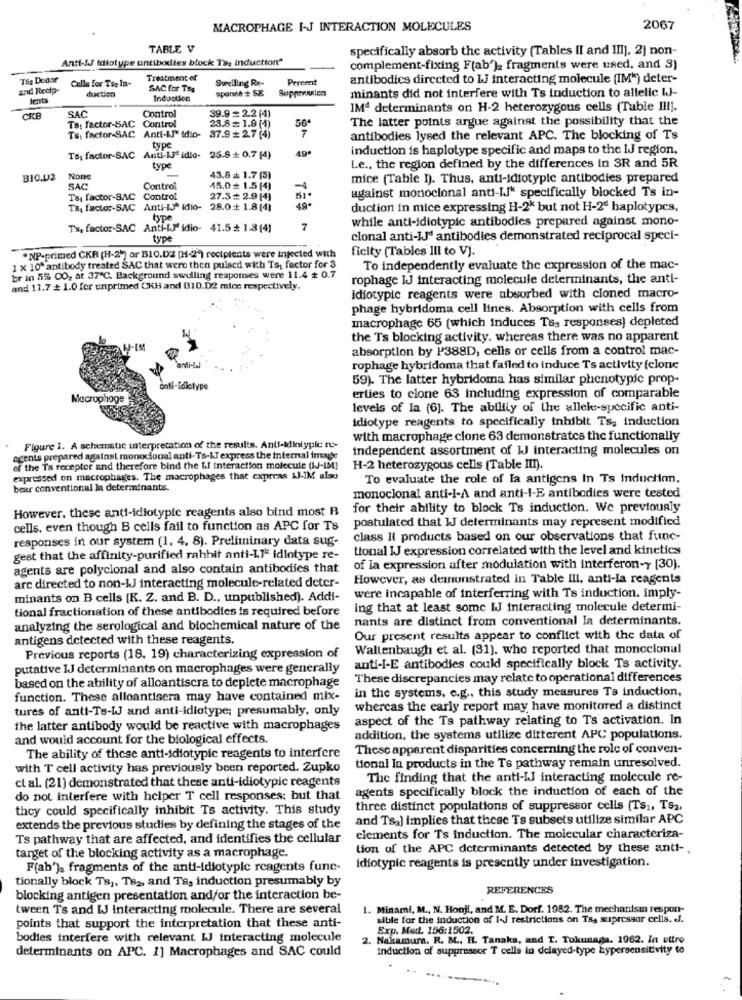
MACROPHAGE I-J INTERACTION MOLECULES
2067
TABLE V
specifically absorb the activity (Tables II and III), 2} non-
Anti-LJ tellotype untibodies block 1'9; induction"
complement-fixing F(ab')2 fragments were used, and S)
Taa Donor
Cells for Tsp In-
Treatment of
Swelling Re-
Pereerit
antibodies directed to IJ interacting molecule [IM") deter-
and Redlp-
duction
SAC for Tsa
spandh + SE
Suppensalen
minants did not interfere with Ts induction to allelic IJ-
Induction
SAC
Control
39.9 2.2 (4)
IMª determinants on H-2 heterozygous cells (Table I !! ].
Ts: factor-SAC Control
56ª
The latter points argue against the possibility that the
28.8= 1.0 (1)
Ts: factor-SAC Anti-IJ" idio-
37.9 2.7 (4)
antibodies lysed the relevant APC. The blocking of Ts
type
induction is haplotype specific and maps to the IJ region,
Ts: factor-SAC Anti-1ª idlo-
25.8 + 0.7 (4)
type
Le ., the region defined by the differences in 3R and 5R
BIO.U2
43.8 + 1.7 (5)
mice (Table h). Thus, anti-idiotypic antibodies prepared
SAC
Control
45.0 + 1.5(4)
-4
against monoclonal anti-II" specifically blocked Ts in-
T&x factor-SAC
Control
27.3 + 2.9 (4)
Ts, factor-SAC Anti-IJ* idio- 28.0 + 1.8[4]
49.
duction in mice expressing H-2* but not H-2ª haplotypes,
type
while anti-idiotypic antibodies prepared against mono-
Tw, factor-SAC Anti-lJidio- 41.5 + 1.3(4)
7
type
clonal anti-IJd antibodies demonstrated reciprocal speci-
ficity (Tables Ill to V).
. NP-primed CKR (H-2"] or B1O.D2 [H-2") recipients were injected with
1 x 10* antibody treated SAC that were then pulsed with Ts. factor for 3
To independently evaluate the expression of the mac-
br in 5% CO, at 37"℃. Background sundling responses were 11.4 + 0.7
rophage IJ interacting molecule determinants, the anti-
and 11.7 + 1.0 for unprimed CKH and B10.D2 mice respectively.
idiotypic reagents were absorbed with cloned macro-
phage hybridoma cell lines. Absorption with cells from
macrophage 65 (which induces Ts, responses) depleted
the Ts blocking activity. whereas there was no apparent
absorption by P388D, cells or cells from a control mac-
rophage hybridoma that failed to induce Ts activity (clone
59). The latter hybridoma has similar phenotypic prop-
Macrophage
erties to cione 63 including expression of comparable
levels of Ia (6). The ability of the allele-specific anti-
idiotype reagents to specifically inhibit Ts, induction
with macrophage clone 63 demonstrates the functionally
Figure 1. A schematic interpretation of the results. Anti-idiniyple ru-
independent assortment of IJ interacting molecules on
acents prepared against monoclonal anti-Ts-LJ express the internal inaute
of the Ts receptor and therefore bind the I.l interaction molecule (IJ-IM)
H-2 heterozygous celis (Table III).
expressed on macrophages. The macrophages that cxpreas AJ-IM also
To evaluate the role of la antigens in Ts induction.
bear conventional la determinants.
monoclonal anti-l-A and anti-I-E antibodies were tested
However, these anti-idiotypic reagents also bind most B
for their ability to block Ts induction. We previously
postulated that IJ determinants may represent modified
cells, even though B cells fail to function as APC for Ts
responses in our system (1, 4, 8). Preliminary data sug-
class Il products based on our observations that func-
tional IJ expression correlated with the level and kinetics
gest that the affinity-purified rahhit anti-LTE idlotype re-
agents are polyclonal and also contain antibodies that
of Ia expression after modulation with interferon-y [30).
However, as denunstrated in Table III, anti-la reagents
arc directed to non-IJ interacting molecule-related deter-
were incapable of interferring with Ts induction. imply-
minants on B cells [K. Z. and B. D ., unpublished). Addi-
tional fractionation of these antibodies is required before
ing that at least some IJJ interacting molecule determi-
nants are distinct from conventional la determinants.
analyzing the serological and biochemical nature of the
antigens detected with these reagents.
Our present results appear to conflict with the data of
Waltenbaugh et al. (31), who reported that monoclonal
Previous reports (18. 19) characterizing expression of
putative IJ determinants on macrophages were generally
anti-I-E antibodies could specifically block Ts activity.
These discrepancies may relate to operational differences
based on the ability of alloantiscra to deplete macrophage
in the systems. e.g ., this study measures Ts induction,
function. These alloantisera may have contained mix-
tures of anti-Ts-IJ and anti-idiotype; presumably, only
whereas the early report may have monitored a distinct
aspect of the Ts pathway relating to Ts activation. In
the latter antibody would be reactive with macrophages
and would account for the biological effects.
addition, the systems utilize ditterent APC populations.
These apparent disparities concerning the role of conven-
The ability of these anti-idiotypic reagents to interfere
with T cell activity has previously been reported. Zupko
tional la products in the Ts pathway remain unresolved.
cl al. (21) demonstrated that these anti-idiotypic reagents
The finding that the anti-IJ interacting molecule re-
agents specifically block the induction of each of the
do not interfere with helper T cell responses; but that
they could specifically inhibit Ts activity. This study
three distinct populations of suppressor cells (Ts1, TS2.
and Ts.] implies that these Ts subsets utilize similar APC
extends the previous studies by defining the stages of the
Ts pathway that are affected, and identifies the cellular
elements for Ts induction. The molecular characteriza-
tion of the APC determinants detected by these anti -.
target of the blocking activity as a macrophage.
F[ab'), fragments of the anti-idiotypic reagents func-
idiotypic reagents is presently under investigation.
tionally block Ts ,, Te2, and Ta, induction presumably by
REFERENCES
blocking antigen presentation and/or the interaction be-
tween Ts and IJ interacting molecule. There are several
1. Minami, M ., N. Honji, and M. E. Dorf. 1982. The mechanism respon-
sible for the induction of I-J restrictions on Ts. supressor cells. J.
points that support the interpretation that these anti-
Exp. Med. 156:1502.
bodies interfere with relevant IJ interacting molecule
2. Nakamura. R. M .. HI. Tanaka, and T. Tokunada. 1962. In vitro
determinants on APC. I] Macrophages and SAC could
induction of suppressor T cells in delayed-type hypersensitivity to